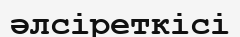
әлсіреткісі